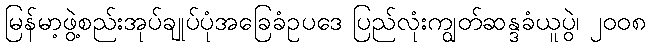
မြန်မာ့ဖွဲ့စည်းအုပ်ချုပ်ပုံအခြေခံဥပဒေ ပြည်လုံးကျွတ်ဆန္ဒခံယူပွဲ၊ ၂၀၀၈